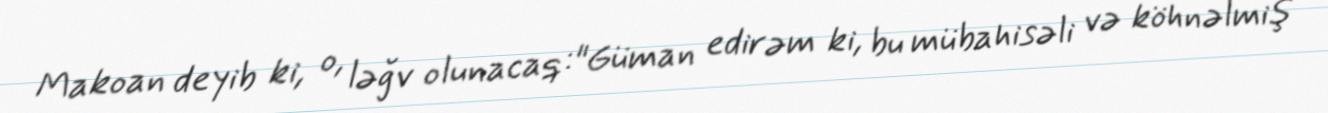
Makoan deyib ki, o, ləğv olunacaq:"Güman edirəm ki, bu mübahisəli və köhnəlmiş